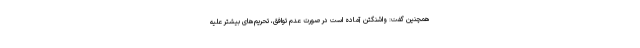
همچنین گفت: واشنگتن آماده است در صورت عدم توافق، تحریم‌های بیشتر علیه